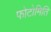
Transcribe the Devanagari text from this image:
फोटोमिति